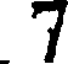
7